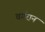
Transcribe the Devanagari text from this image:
वर्गरान